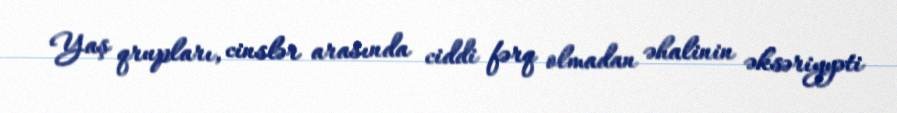
Yaş qrupları, cinslər arasında ciddi fərq olmadan əhalinin əksəriyyəti